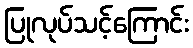
ပြုလုပ်သင့်ကြောင်း